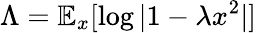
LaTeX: \Lambda=\mathbb{E}_{x}[\log|1-\lambda x^{2}|]